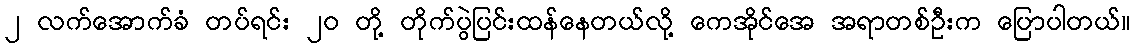
၂ လက်အောက်ခံ တပ်ရင်း ၂၀ တို့ တိုက်ပွဲပြင်းထန်နေတယ်လို့ ကေအိုင်အေ အရာတစ်ဦးက ပြောပါတယ်။